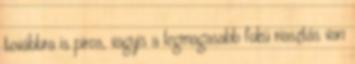
továbbra is piros, vagyis a legmagasabb fokú riasztás van